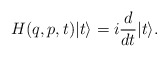
\begin{align*}H(q,p,t)|t\rangle = i\frac{d}{dt} |t\rangle .\end{align*}